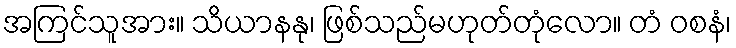
အကြင်သူအား။ သိယာနနု၊ ဖြစ်သည်မဟုတ်တုံလော။ တံ ဝစနံ၊